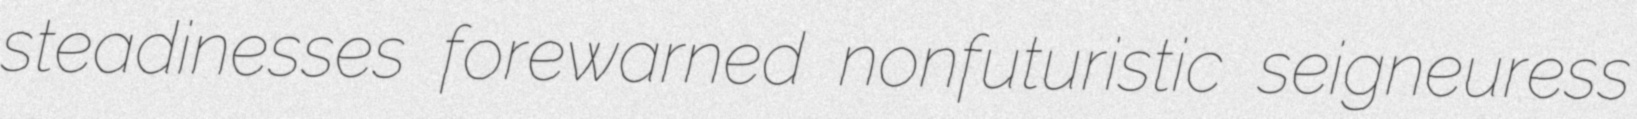
steadinesses forewarned nonfuturistic seigneuress